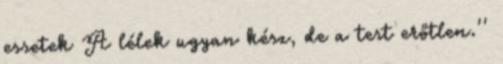
essetek A lélek ugyan kész, de a test erőtlen.''